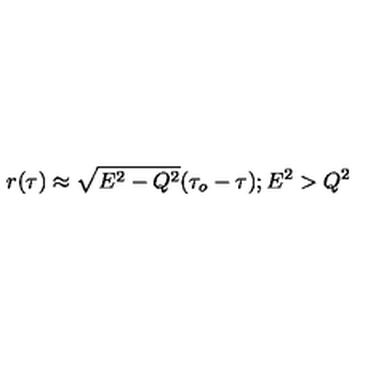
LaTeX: r ( \tau ) \approx \sqrt { E ^ { 2 } - Q ^ { 2 } } ( \tau _ { o } - \tau ) ; E ^ { 2 } > Q ^ { 2 }